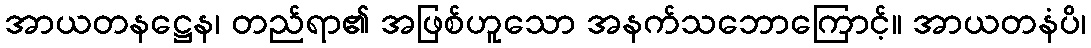
အာယတနဋ္ဌေန၊ တည်ရာ၏ အဖြစ်ဟူသော အနက်သဘောကြောင့်။ အာယတနံပိ၊